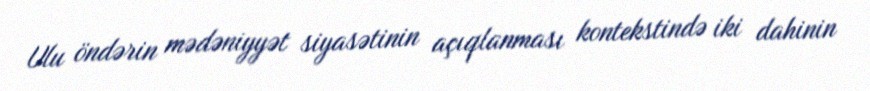
Ulu öndərin mədəniyyət siyasətinin açıqlanması kontekstində iki dahinin